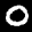
Label: 0